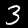
Digit: 3